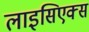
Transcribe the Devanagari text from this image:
लाइसिएक्स